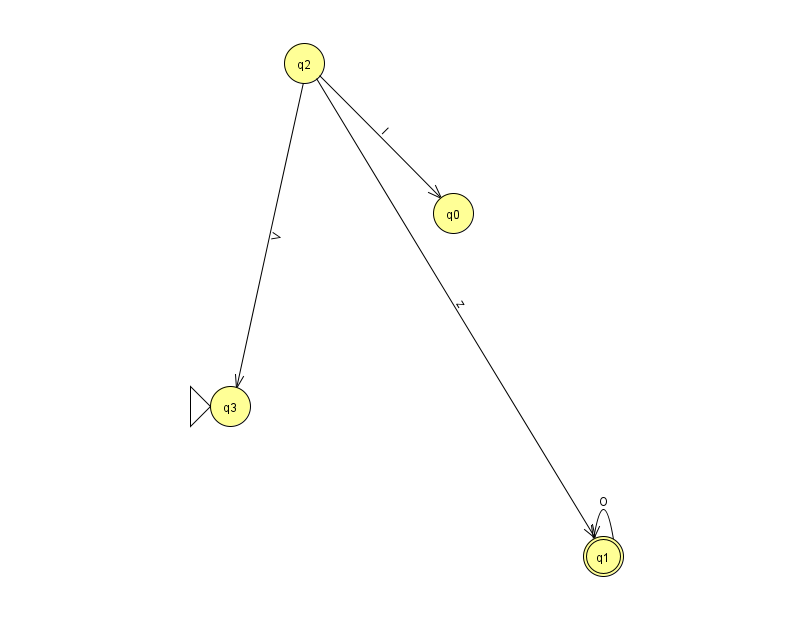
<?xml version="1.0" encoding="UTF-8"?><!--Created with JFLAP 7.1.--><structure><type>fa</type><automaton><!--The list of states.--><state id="0" name="q0"><x>453.0</x><y>200.0</y></state><state id="1" name="q1"><x>603.0</x><y>543.0</y><final/></state><state id="2" name="q2"><x>304.0</x><y>50.0</y></state><state id="3" name="q3"><x>230.0</x><y>393.0</y><initial/></state><!--The list of transitions.--><transition><from>2</from><to>1</to><read>z</read></transition><transition><from>2</from><to>3</to><read>V</read></transition><transition><from>2</from><to>0</to><read>l</read></transition><transition><from>1</from><to>1</to><read>O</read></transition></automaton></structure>